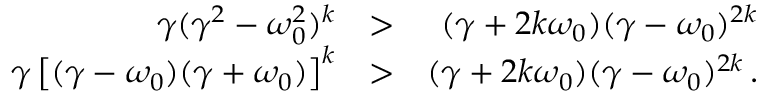
\begin{array} { r l r } { \gamma ( \gamma ^ { 2 } - \omega _ { 0 } ^ { 2 } ) ^ { k } } & { > } & { ( \gamma + 2 k \omega _ { 0 } ) ( \gamma - \omega _ { 0 } ) ^ { 2 k } } \\ { \gamma \left[ ( \gamma - \omega _ { 0 } ) ( \gamma + \omega _ { 0 } ) \right] ^ { k } } & { > } & { ( \gamma + 2 k \omega _ { 0 } ) ( \gamma - \omega _ { 0 } ) ^ { 2 k } \, . } \end{array}